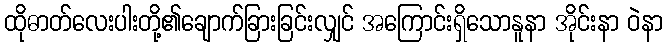
ထိုဓာတ်လေးပါးတို့၏ချောက်ခြားခြင်းလျှင် အကြောင်းရှိသောနူနာ အိုင်းနာ ဝဲနာ